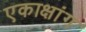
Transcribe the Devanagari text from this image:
एकाक्षांग